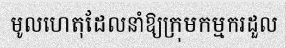
មូលហេតុដែលនាំឱ្យក្រុមកម្មករដួល